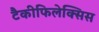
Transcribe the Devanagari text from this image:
टैकीफिलेक्सिस